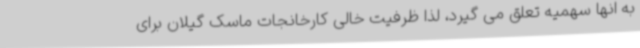
به انها سهمیه تعلق می گیرد، لذا ظرفیت خالی کارخانجات ماسک گیلان برای